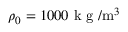
\rho _ { 0 } = 1 0 0 0 \mathrm { ~ k ~ g ~ } / \mathrm { m } ^ { 3 }